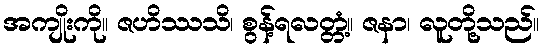
အကျိုးကို။ ဇဟိဿသိ၊ စွန့်ရလတ္တံ့။ ဇနာ၊ လူတို့သည်။